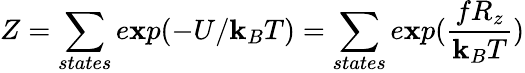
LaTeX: Z=\sum_{states}e\mathbf{x}p(-U/\mathbf{k}_{B}T)=\sum_{states}e\mathbf{x}p({\frac{{fR_{z}}}{{\mathbf{k}_{B}T}}})